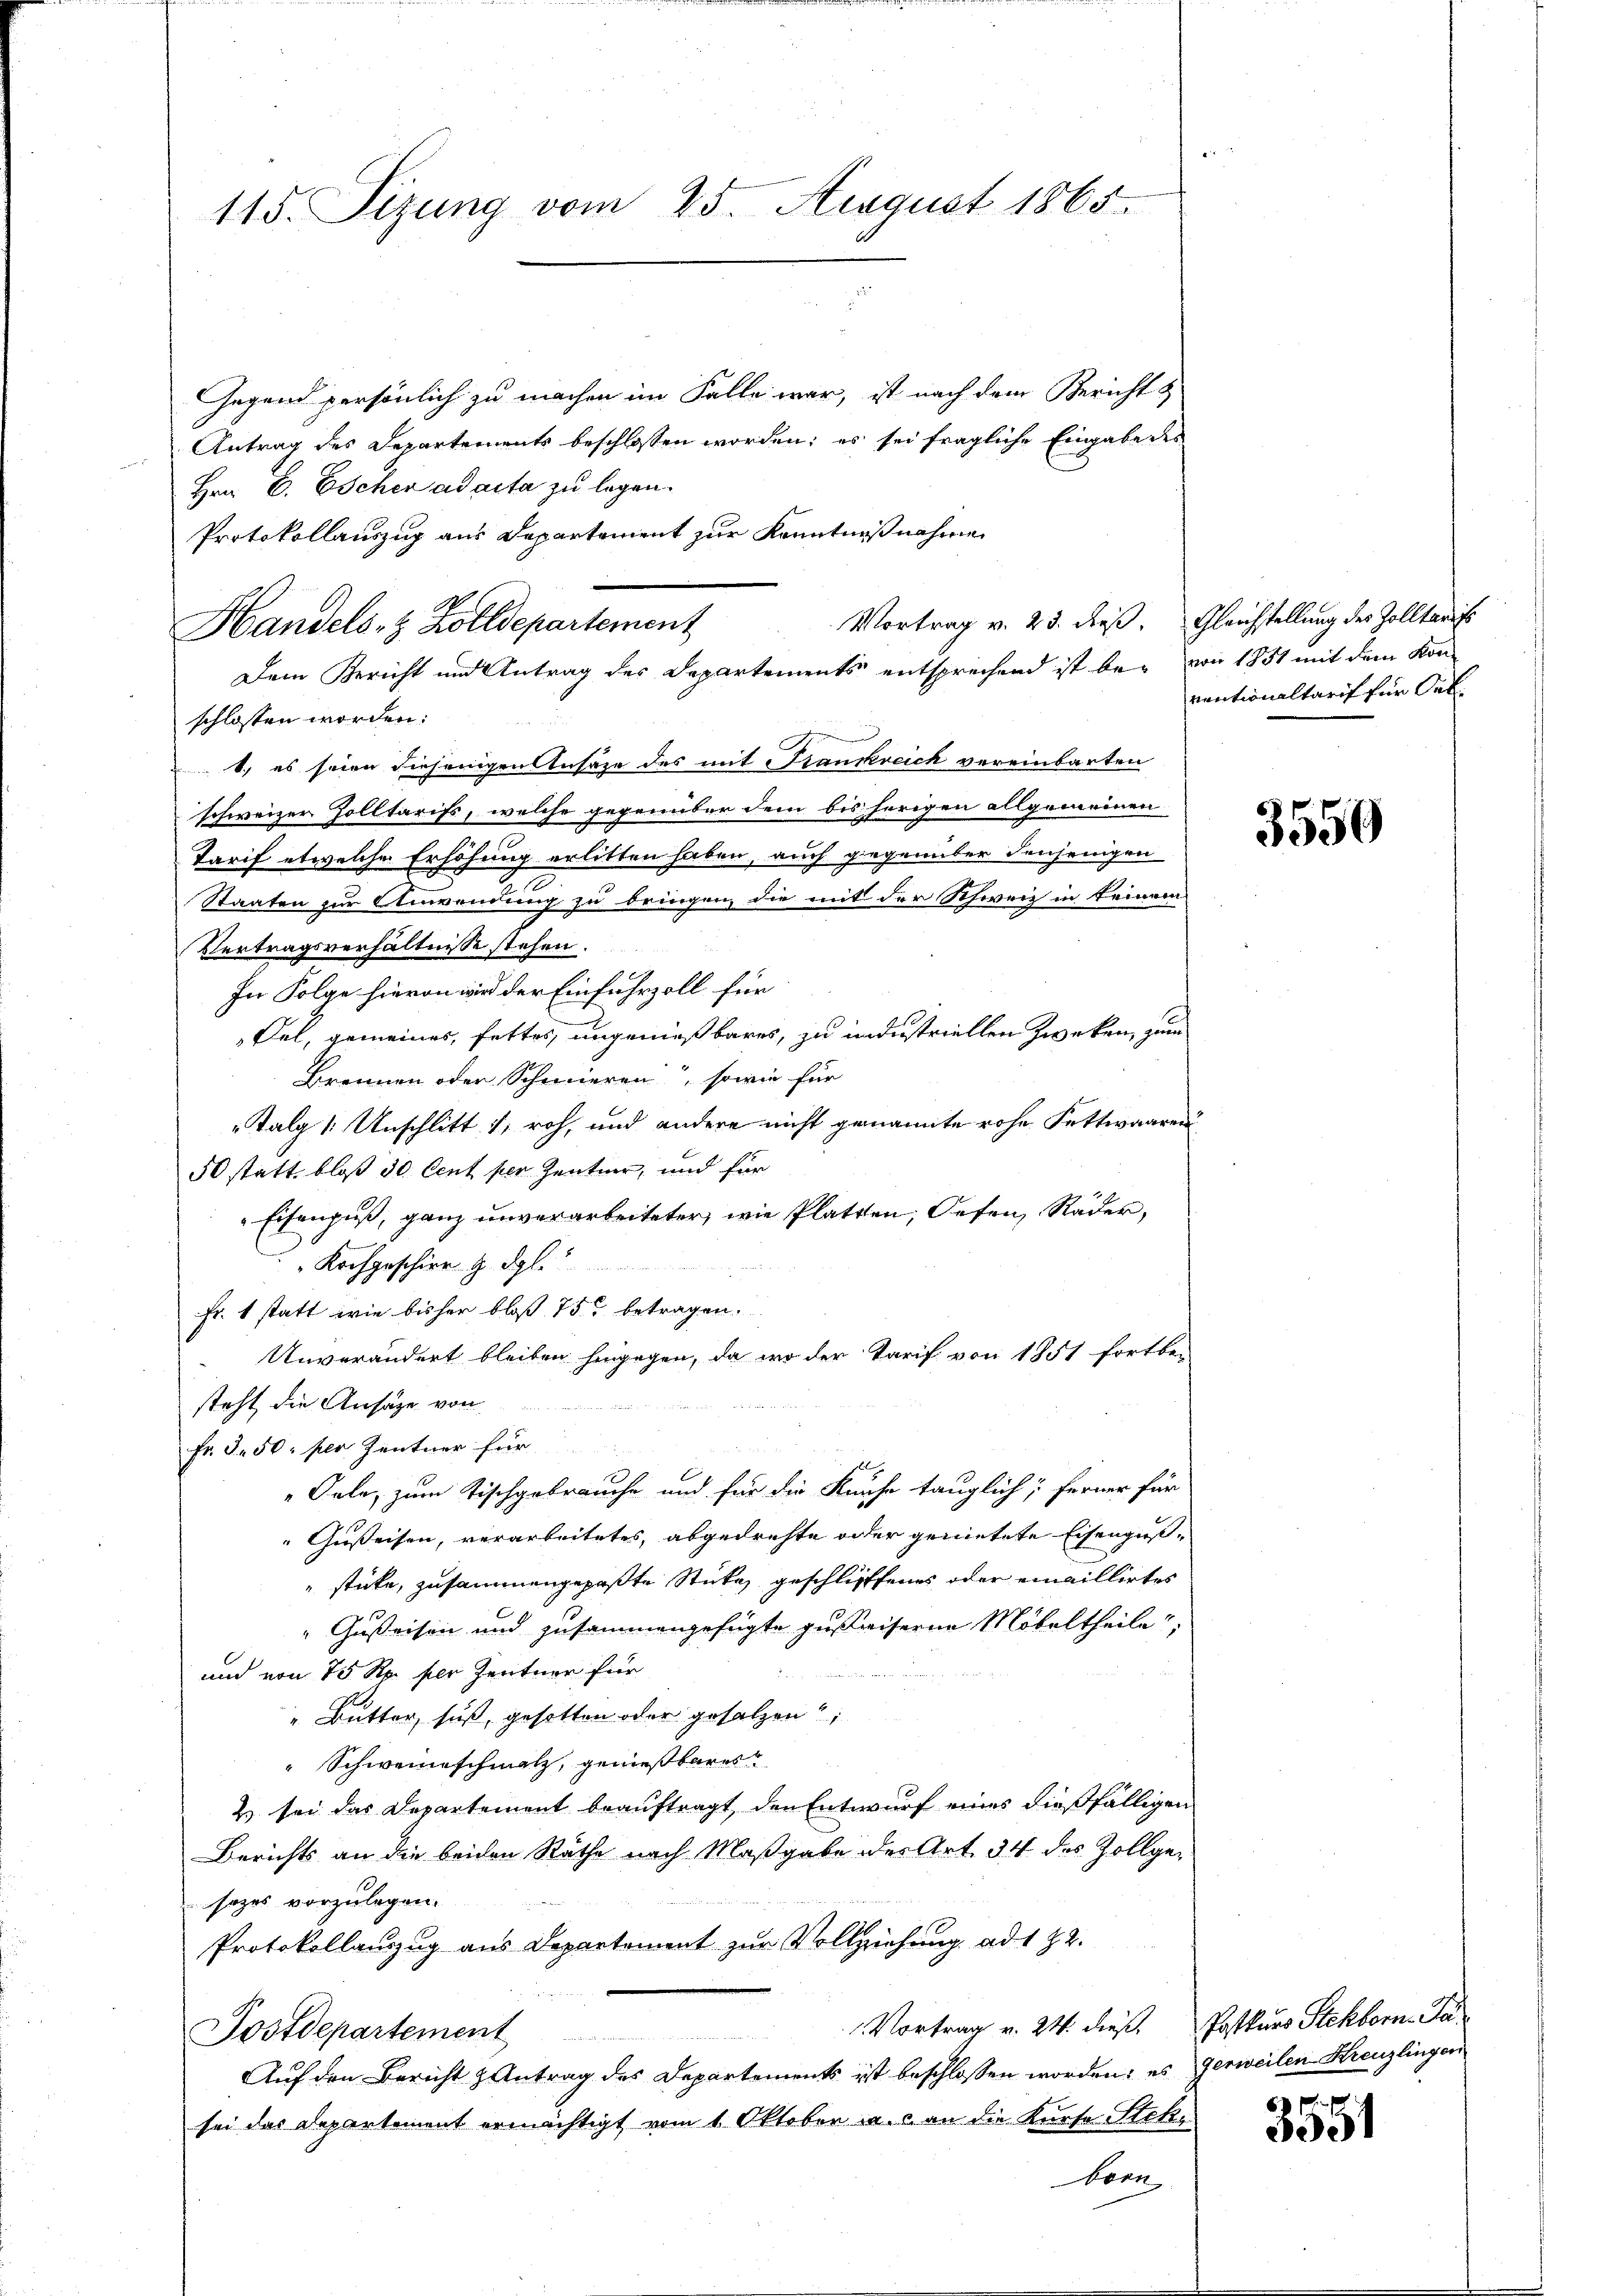
115. Sizung vom 25. August 1865

Gegend persönlich zu machen im Falle war, ist nach dem Bericht &
Antrag des Departements beschlossen worden; es sei fragliche Eingabe des
Hrn. B. Escher ad acta zu legen.
Protokollauszug aus Departement zur Kenntniß nahme
Vortrag v. 23. dieß. Gleichstellung des Zolltaris
Dem Bericht und Antrag der Departements entsprechend ist be- von 1851 mit dem Kon-
schlossen worden:
1) es seien diejenigen Ansäze des mit Frankreich vereinbarten
schweizer Zolltarifs, welche gegenüber dem bis herigen allgemeinen
Tarif etwelche Erhöhung erlitten haben, auch gegenüber denjenigen
Staaten zur Anwendung zu bringen, die mit der Schweiz in keinem
Vertragsverhältnisse stehen.
In Folge hievon wird der Einfuhrzoll für
Fel, gemeines, fettes, ungenießbares, zu industriellen zweken, zum
Brennen oder Schmieren, sowie für
Talg / Unschlitt 1, roh, und andere nicht genannte rohe Fettwaaren
50 statt, bloß 50 Cent per Zentner, und für
„Eisenfuß, ganz unverarbeiteter, wie Platten, Oefen, Räder,
Kochgeschier u. dgl.
Fr. 1 statt wie bisher bloß 75 betragen.
Unverändert bleiben hingegen, da wo der Tarif von 1851 fortber
steht die Ansätze von
Fr. 3. 50 per Zentner für
Oele, zum Tischgebrauche und für die Kurhe tauglich; ferner für
Gußeisen, verarbeitetes, abgedrehte oder gemietete Eisengesstücke, zusammengepaßte Stücke geschliffenes oder einwillirtes
"Gußeisen und zusammengefügte zustriserne Möbeltheile,
und von 75 Rp. per Zentner für
1
" Butter, suß, gesotten oder gesalzen
Schweine schmalz, genießbares
2) sei das Departement beauftragt, den Entwurf eines dießfälligen
Berichts an die beiden Räthe nach Maßgabe des Art. 34 des Zollgesozes vorzulegen.
Protokollauszug aus Departement zur Vollziehung ad 182.
Vortrag v. 24. dieß. Postkurs Stehborn. Pa¬
Postdepartement
Br 215
Auf den Bericht Antrag des Departements ist beschlossen worden; es Gerweilen Kreuzlingen
sei das Departement ermächtigt vom 1. Oktober a. c. an die Kurse Stekbern

Handels- & Zolldepartement

ventionaltarif für Ort.

3550

3551